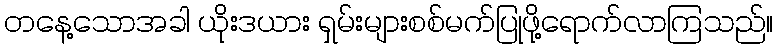
တနေ့သောအခါ ယိုးဒယား ရှမ်းများစစ်မက်ပြုဖို့ရောက်လာကြသည်။